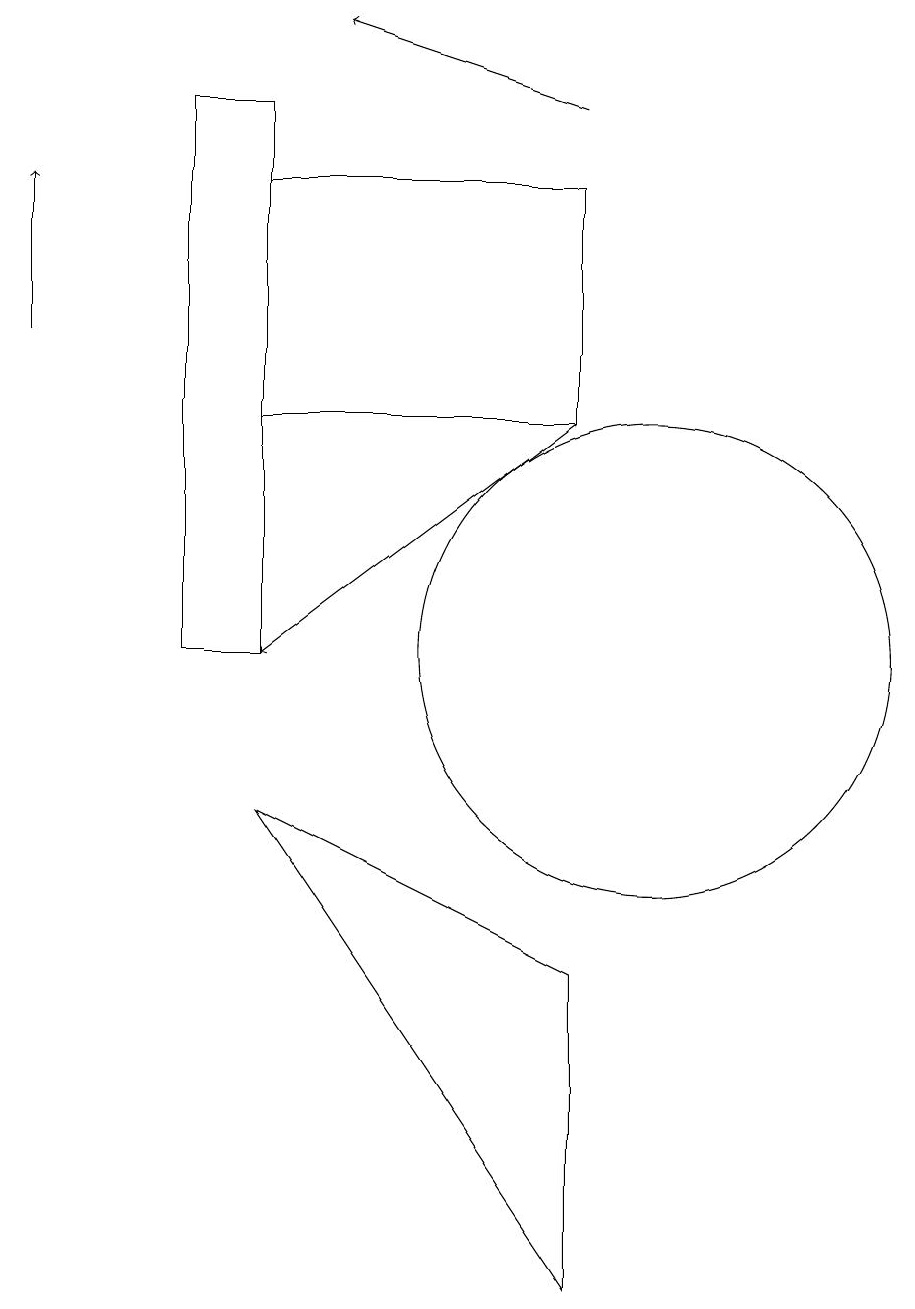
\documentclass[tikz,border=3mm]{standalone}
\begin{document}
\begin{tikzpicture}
\draw (5,8) -- (9,6) -- (9,2) -- cycle;
\draw (9,16) rectangle (5,13);
\draw[->] (9,17) -- (6,18);
\draw[->] (9,13) -- (5,10);
\draw[->] (2,14) -- (2,16);
\draw (4,17) rectangle (5,10);
\draw (10,10) circle (3);
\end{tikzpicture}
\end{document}